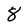
Character: 8